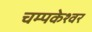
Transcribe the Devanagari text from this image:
चम्पकेश्वर